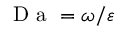
\mathrm { ~ D ~ a ~ } = \omega / \varepsilon